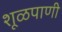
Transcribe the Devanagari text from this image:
शूळपाणी